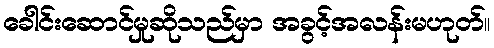
ခေါင်းဆောင်မှုဆိုသည်မှာ အခွင့်အလန်းမဟုတ်။